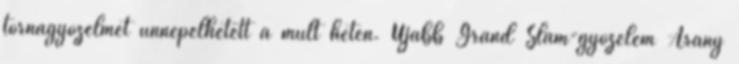
tornagyőzelmet ünnepelhetett a múlt héten. Újabb Grand Slam-győzelem Arany